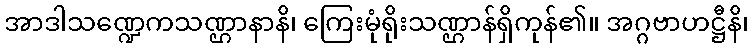
အာဒါသဏ္ဍေကသဏ္ဌာနာနိ၊ ကြေးမုံရိုးသဏ္ဌာန်ရှိကုန်၏။ အဂ္ဂဗာဟဋ္ဌီနိ၊